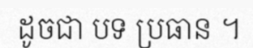
ដូចជា បទ ប្រធាន ។